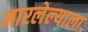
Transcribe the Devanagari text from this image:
मारलेल्‍याला